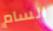
السام